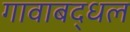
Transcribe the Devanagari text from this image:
गावाबद्धल